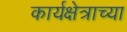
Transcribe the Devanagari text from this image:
कार्यक्षेत्राच्या